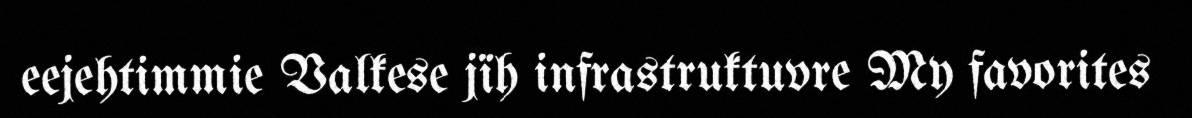
eejehtimmie Valkese jïh infrastruktuvre My favorites